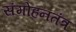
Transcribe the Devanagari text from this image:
संमोहनतंत्र